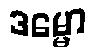
ဒမ္မော